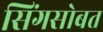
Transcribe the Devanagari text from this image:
सिंगसोबत